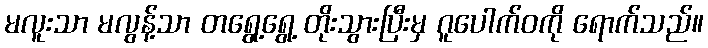
မလူးသာ မလွန့်သာ တရွေ့ရွေ့ တိုးသွားပြီးမှ ဂူပေါက်ဝကို ရောက်သည်။